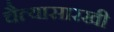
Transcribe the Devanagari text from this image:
चैत्यासारखी